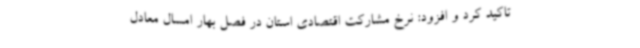
تاکید کرد و افزود: نرخ مشارکت اقتصادی استان در فصل بهار امسال معادل